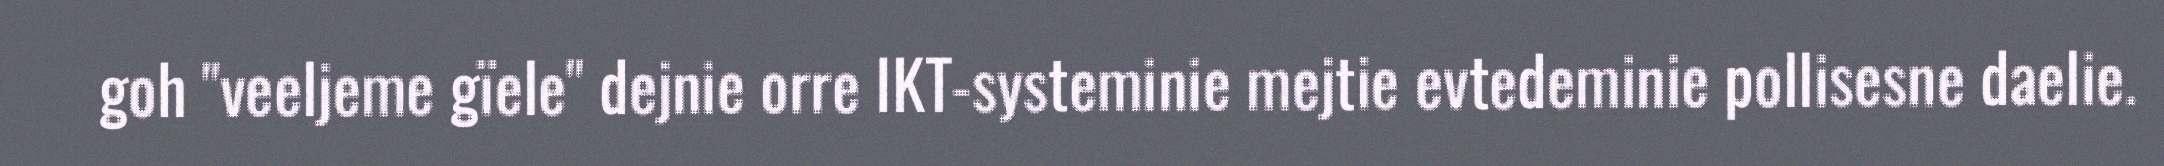
goh "veeljeme gïele" dejnie orre IKT-systeminie mejtie evtedeminie pollisesne daelie.